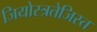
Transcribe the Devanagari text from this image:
जियोस्त्रतेजिस्त